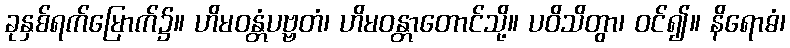
ခုနှစ်ရက်မြောက်၌။ ဟိမဝန္တံပဗ္ဗတံ၊ ဟိမဝန္တာတောင်သို့။ ပဝိသိတွာ၊ ဝင်၍။ နိရောဓံ၊